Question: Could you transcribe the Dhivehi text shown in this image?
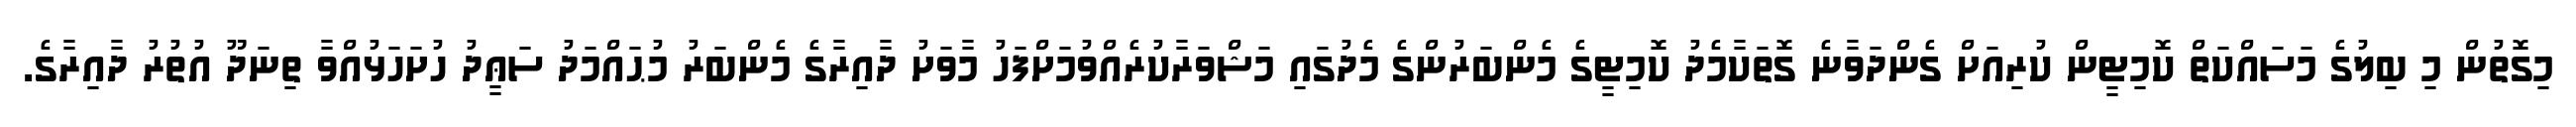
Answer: މިގޮތުން މި ބިލުގެ މަސައްކަތް ކޮމިޓީން ކުރިއަށް ގެންދަވާނެ ގޮތަކާމެދު ކޮމިޓީގެ މެންބަރުންގެ މެދުގައި މަޝްވަރާކުރެއްވުމަށްފަހު މާވަށު ދާއިރާގެ މެންބަރު މުޙައްމަދު ސަޢީދު ހުށަހަޅުއްވާ ތިނަދޫ އުތުރު ދާއިރާގެ.